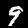
Label: 9